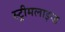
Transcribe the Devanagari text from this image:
स्ट्रीमलाइन्ड